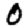
Digit: 0